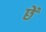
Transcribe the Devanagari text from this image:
छेँ